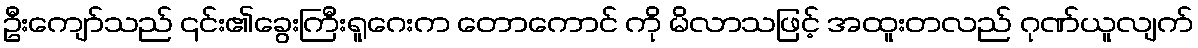
ဦးကျော်သည် ၎င်း၏ခွေးကြီးရူဂေးက တောကောင် ကို မိလာသဖြင့် အထူးတလည် ဂုဏ်ယူလျက်